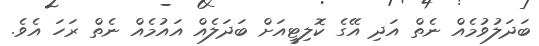
ބަދަލުވުމެެއް ނެތް އަދި އޭގެ ކޮލިޓީއަށް ބަދަލެއް އައުމެއް ނެތް ރަހަ އެވެ.